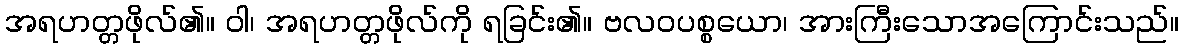
အရဟတ္တဖိုလ်၏။ ဝါ၊ အရဟတ္တဖိုလ်ကို ရခြင်း၏။ ဗလဝပစ္စယော၊ အားကြီးသောအကြောင်းသည်။